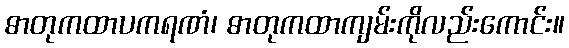
ဓာတုကထာပကရဏံ၊ ဓာတုကထာကျမ်းကိုလည်းကောင်း။